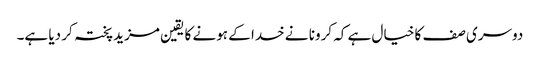
دوسری صف کا خیال ہے کہ کرونا نے خدا کے ہونے کا یقین مزید پختہ کر دیا ہے۔